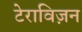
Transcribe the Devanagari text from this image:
टेराविज़न